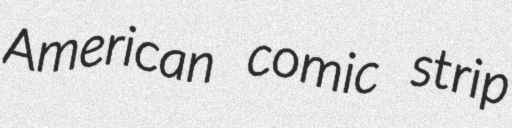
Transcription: American comic strip